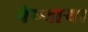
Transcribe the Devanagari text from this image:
नेण्यार्‍या